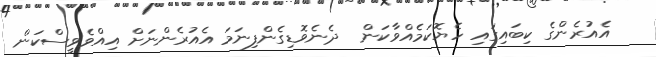
އެއުރެންގެ ކިބައިގައި ހެޔޮކަމެއްވާކަން  ދެނެވޮޑިގެންފިނަމަ އެއުރެންނަށް އިއްވެވީސްކަން